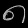
Digit: ၈